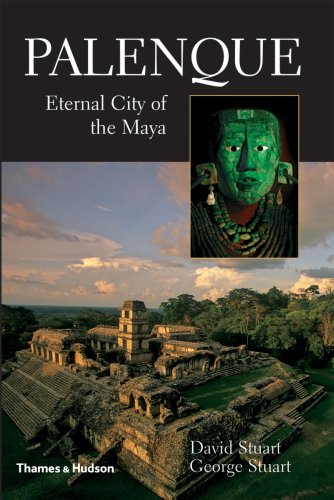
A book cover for Palenque: Eternal City of the Maya; David Stuart; History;